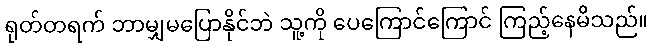
ရုတ်တရက် ဘာမျှမပြောနိုင်ဘဲ သူ့ကို ပေကြောင်ကြောင် ကြည့်နေမိသည်။